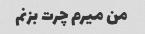
من میرم چرت بزنم